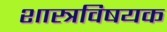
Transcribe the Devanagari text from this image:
शास्त्रविषयक